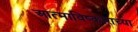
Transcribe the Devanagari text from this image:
आत्माविष्काराच्या